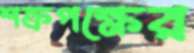
শক্রপক্ষের